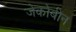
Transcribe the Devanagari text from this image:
जेकोबीन